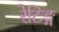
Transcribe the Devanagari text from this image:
रेटिङ्ग